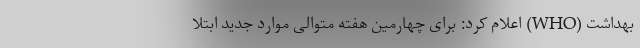
بهداشت (WHO) اعلام کرد: برای چهارمین هفته متوالی موارد جدید ابتلا